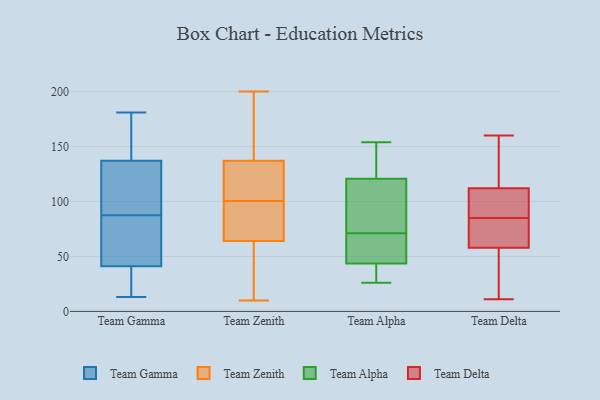
{"axis": {"x": "Backlog", "y": "Value"}, "legend": ["Team Alpha", "Team Delta", "Team Gamma", "Team Zenith"], "data": [{"x": "", "y": 95, "type": "Team Gamma"}, {"x": "", "y": 68, "type": "Team Gamma"}, {"x": "", "y": 102, "type": "Team Gamma"}, {"x": "", "y": 39, "type": "Team Gamma"}, {"x": "", "y": 102, "type": "Team Gamma"}, {"x": "", "y": 154, "type": "Team Gamma"}, {"x": "", "y": 137, "type": "Team Gamma"}, {"x": "", "y": 142, "type": "Team Gamma"}, {"x": "", "y": 181, "type": "Team Gamma"}, {"x": "", "y": 130, "type": "Team Gamma"}, {"x": "", "y": 40, "type": "Team Gamma"}, {"x": "", "y": 64, "type": "Team Gamma"}, {"x": "", "y": 34, "type": "Team Gamma"}, {"x": "", "y": 41, "type": "Team Gamma"}, {"x": "", "y": 13, "type": "Team Gamma"}, {"x": "", "y": 71, "type": "Team Gamma"}, {"x": "", "y": 80, "type": "Team Gamma"}, {"x": "", "y": 167, "type": "Team Gamma"}, {"x": "", "y": 55, "type": "Team Zenith"}, {"x": "", "y": 75, "type": "Team Zenith"}, {"x": "", "y": 10, "type": "Team Zenith"}, {"x": "", "y": 176, "type": "Team Zenith"}, {"x": "", "y": 148, "type": "Team Zenith"}, {"x": "", "y": 109, "type": "Team Zenith"}, {"x": "", "y": 116, "type": "Team Zenith"}, {"x": "", "y": 27, "type": "Team Zenith"}, {"x": "", "y": 79, "type": "Team Zenith"}, {"x": "", "y": 126, "type": "Team Zenith"}, {"x": "", "y": 29, "type": "Team Zenith"}, {"x": "", "y": 73, "type": "Team Zenith"}, {"x": "", "y": 200, "type": "Team Zenith"}, {"x": "", "y": 152, "type": "Team Zenith"}, {"x": "", "y": 105, "type": "Team Zenith"}, {"x": "", "y": 96, "type": "Team Zenith"}, {"x": "", "y": 26, "type": "Team Alpha"}, {"x": "", "y": 46, "type": "Team Alpha"}, {"x": "", "y": 132, "type": "Team Alpha"}, {"x": "", "y": 71, "type": "Team Alpha"}, {"x": "", "y": 31, "type": "Team Alpha"}, {"x": "", "y": 126, "type": "Team Alpha"}, {"x": "", "y": 36, "type": "Team Alpha"}, {"x": "", "y": 60, "type": "Team Alpha"}, {"x": "", "y": 67, "type": "Team Alpha"}, {"x": "", "y": 116, "type": "Team Alpha"}, {"x": "", "y": 154, "type": "Team Alpha"}, {"x": "", "y": 112, "type": "Team Alpha"}, {"x": "", "y": 119, "type": "Team Alpha"}, {"x": "", "y": 112, "type": "Team Delta"}, {"x": "", "y": 11, "type": "Team Delta"}, {"x": "", "y": 112, "type": "Team Delta"}, {"x": "", "y": 58, "type": "Team Delta"}, {"x": "", "y": 125, "type": "Team Delta"}, {"x": "", "y": 160, "type": "Team Delta"}, {"x": "", "y": 90, "type": "Team Delta"}, {"x": "", "y": 24, "type": "Team Delta"}, {"x": "", "y": 73, "type": "Team Delta"}, {"x": "", "y": 80, "type": "Team Delta"}]}